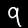
Digit: 9